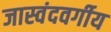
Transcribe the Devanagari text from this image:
जास्वंदवर्गीय